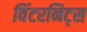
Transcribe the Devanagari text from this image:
विंटरनिट्‌स